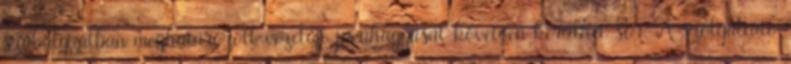
szabályzatban meghatározott vezetője jóváhagyását követően kerülhet sor. A szolgáltató